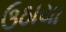
ઉઠાયા